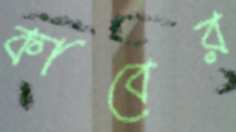
কাবের